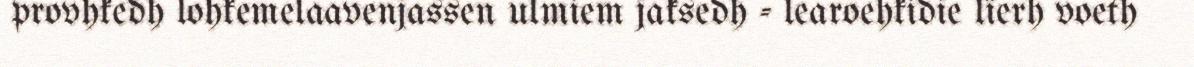
provhkedh lohkemelaavenjassen ulmiem jaksedh - learoehkidie lïerh voeth